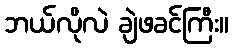
ဘယ်လိုလဲ ချဲဖခင်ကြီး။